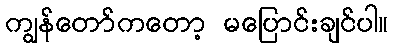
ကျွန်တော်ကတော့ မပြောင်းချင်ပါ။